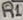
Text: R1